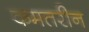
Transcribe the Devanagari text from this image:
कमतरीन